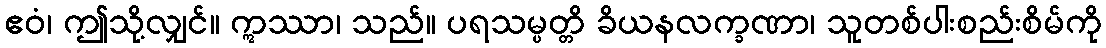
ဧဝံ၊ ဤသို့လျှင်။ ဣဿာ၊ သည်။ ပရသမ္ပတ္တိ ခိယနလက္ခဏာ၊ သူတစ်ပါးစည်းစိမ်ကို